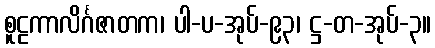
စူဠကာလိင်္ဂဇာတက၊ ပါ-ပ-အုပ်-၉၃၊ ဋ္ဌ-တ-အုပ်-၃။